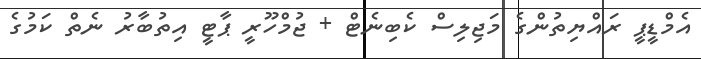
އެމްޑީޕީ ރައްޔިތުންގެ މަޖިލިސް ކެބިނެޓް + ޖުމްހޫރީ ޕާޓީ އިތުބާރު ނެތް ކަމުގެ